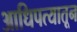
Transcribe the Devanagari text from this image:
आधिपत्यातून